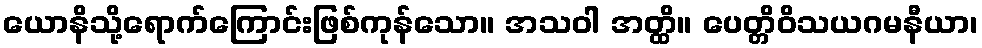
ယောနိသို့ရောက်ကြောင်းဖြစ်ကုန်သော။ အသဝါ အတ္ထိ။ ပေတ္တိဝိသယဂမနီယာ၊